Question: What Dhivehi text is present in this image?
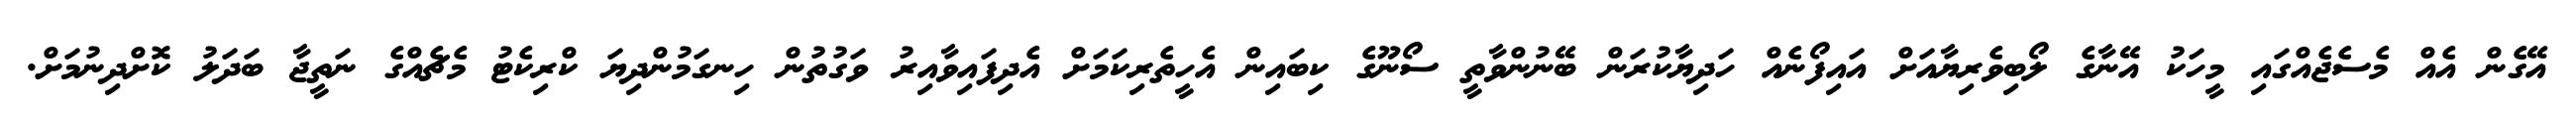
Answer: އޭގެން އެއް މެސެޖެއްގައި މީހަކު އޭނާގެ ލޯބިވެރިޔާއަށް އައިފޯނެއް ހަދިޔާކުރަން ބޭނުންވާތީ ސޯނޫގެ ކިބައިން އެހީތެރިކަމަށް އެދިފައިވާއިރު ވަގުތުން ހިނގަމުންދިޔަ ކްރިކެޓު މެޗެއްގެ ނަތީޖާ ބަދަލު ކޮށްދިނުމަށް.